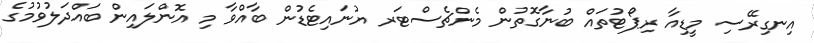
އިނގިރޭސި މީޑިއާ ރިޕޯޓުތައް ބުނާގޮތުން މެންޗެސްޓަރ ޔުނައިޓެޑުން ބާއްވާ މި އޮންލައިން ބައްދަލުވުމުގެ